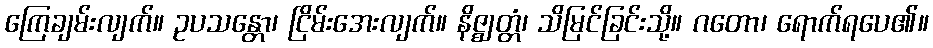
ကြေချမ်းလျက်။ ဥပသန္တော၊ ငြိမ်းအေးလျက်။ နိဇ္ဈတ္တံ၊ သိမြင်ခြင်းသို့။ ဂတော၊ ရောက်ရပေ၏။